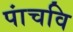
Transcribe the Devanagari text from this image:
पांचवि